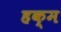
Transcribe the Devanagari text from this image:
हक्म